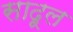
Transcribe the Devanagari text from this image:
सादूल